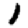
Digit: 1